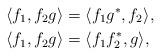
LaTeX: \begin{align*}\langle f_1, f_2 g \rangle &= \langle f_1 g^* , f_2 \rangle, \\\langle f_1, f_2 g \rangle &= \langle f_1 f_2^*, g \rangle,\end{align*}